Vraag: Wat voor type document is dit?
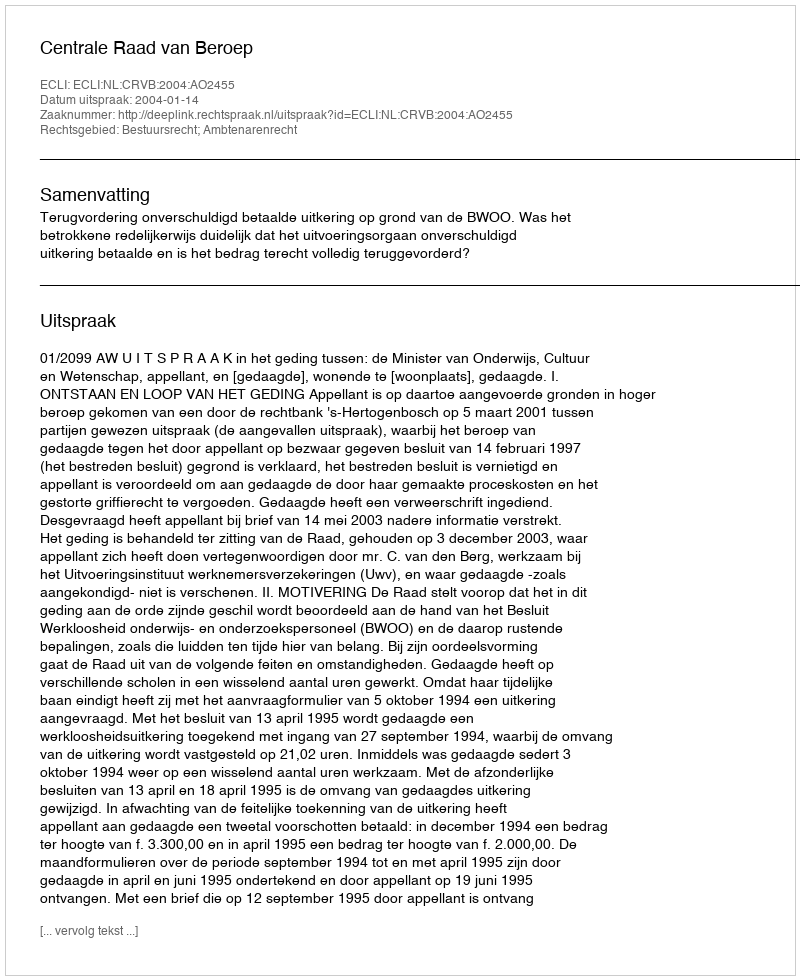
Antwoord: Uitspraak